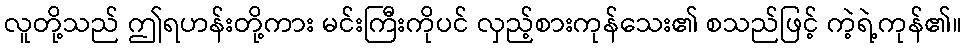
လူတို့သည် ဤရဟန်းတို့ကား မင်းကြီးကိုပင် လှည့်စားကုန်သေး၏ စသည်ဖြင့် ကဲ့ရဲ့ကုန်၏။